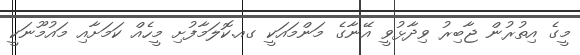
މީގެ އިތުރުން ޖާބިރު ވިދާޅުވީ އޭނާގެ މަންމައަކީ ގއ.ކޮލަމާފުށި މީހެއް ކަމަށާއި މައުމޫނަކީ